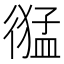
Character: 𢕙